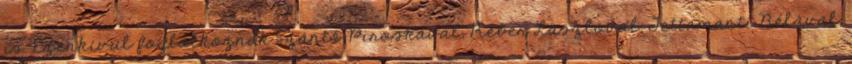
is. Ezenkívül foglalkoznak Szántó Piroskával, Réber Lászlóval, Tettamanti Bélával,